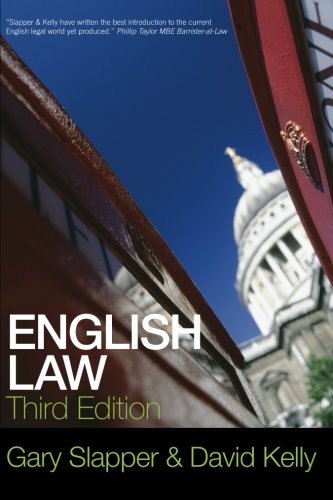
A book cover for English Law; Gary Slapper; Law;